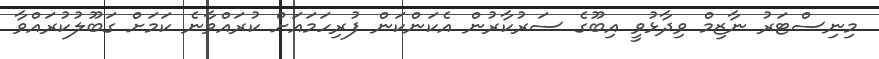
މިނިސްޓަރު ނާޒިމް ވިދާޅުވީ އިބޫގެ ސަރުކާރުން އެކަންކަން ފުރިހަމައަށް ކުރައްވާނެ ކަމަށް ގަބޫލުކުރައްވާ